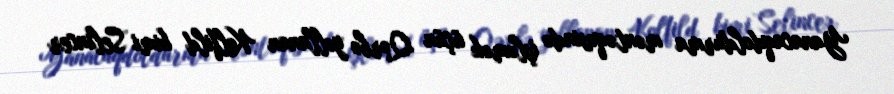
Yanacaqdoldurma məntəqəsində işləmək üçün Qərbə yollanan Kolfild kimi Selincer